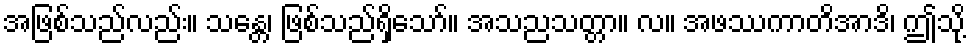
အဖြစ်သည်လည်း။ သန္တေ၊ ဖြစ်သည်ရှိသော်။ အသညသတ္တာ။ လ။ အဖဿကာတိအာဒိ၊ ဤသို့